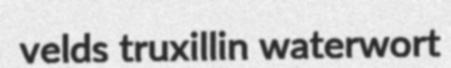
velds truxillin waterwort